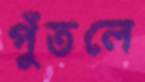
পুঁতলে